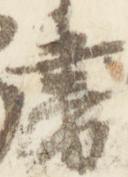
書